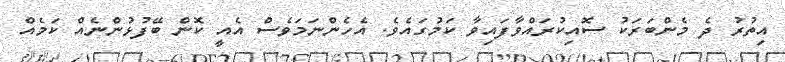
އިތުރު ދެ މެންބަރަކު ސޮއިކުރައްވާފައިވާ ކަމުގައެވެ. އެހެންނަމަވެސް އެއީ ކޮން ބޭފުޅުންނެއް ކަމެއް